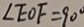
\angle E O F = 9 0 ^ { \circ }